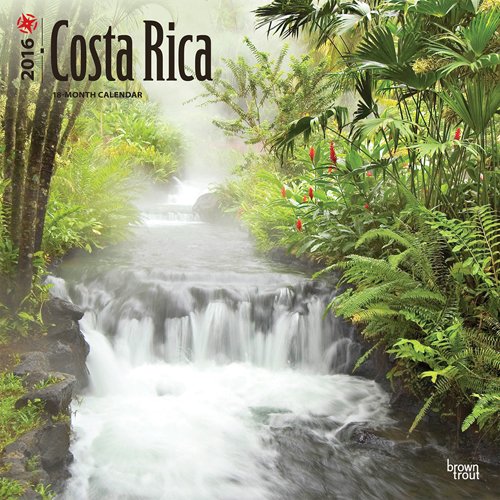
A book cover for Costa Rica 2016 Square 12x12 (Multilingual Edition); Browntrout Publishers; Travel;